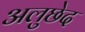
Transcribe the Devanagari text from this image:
अलुछेद